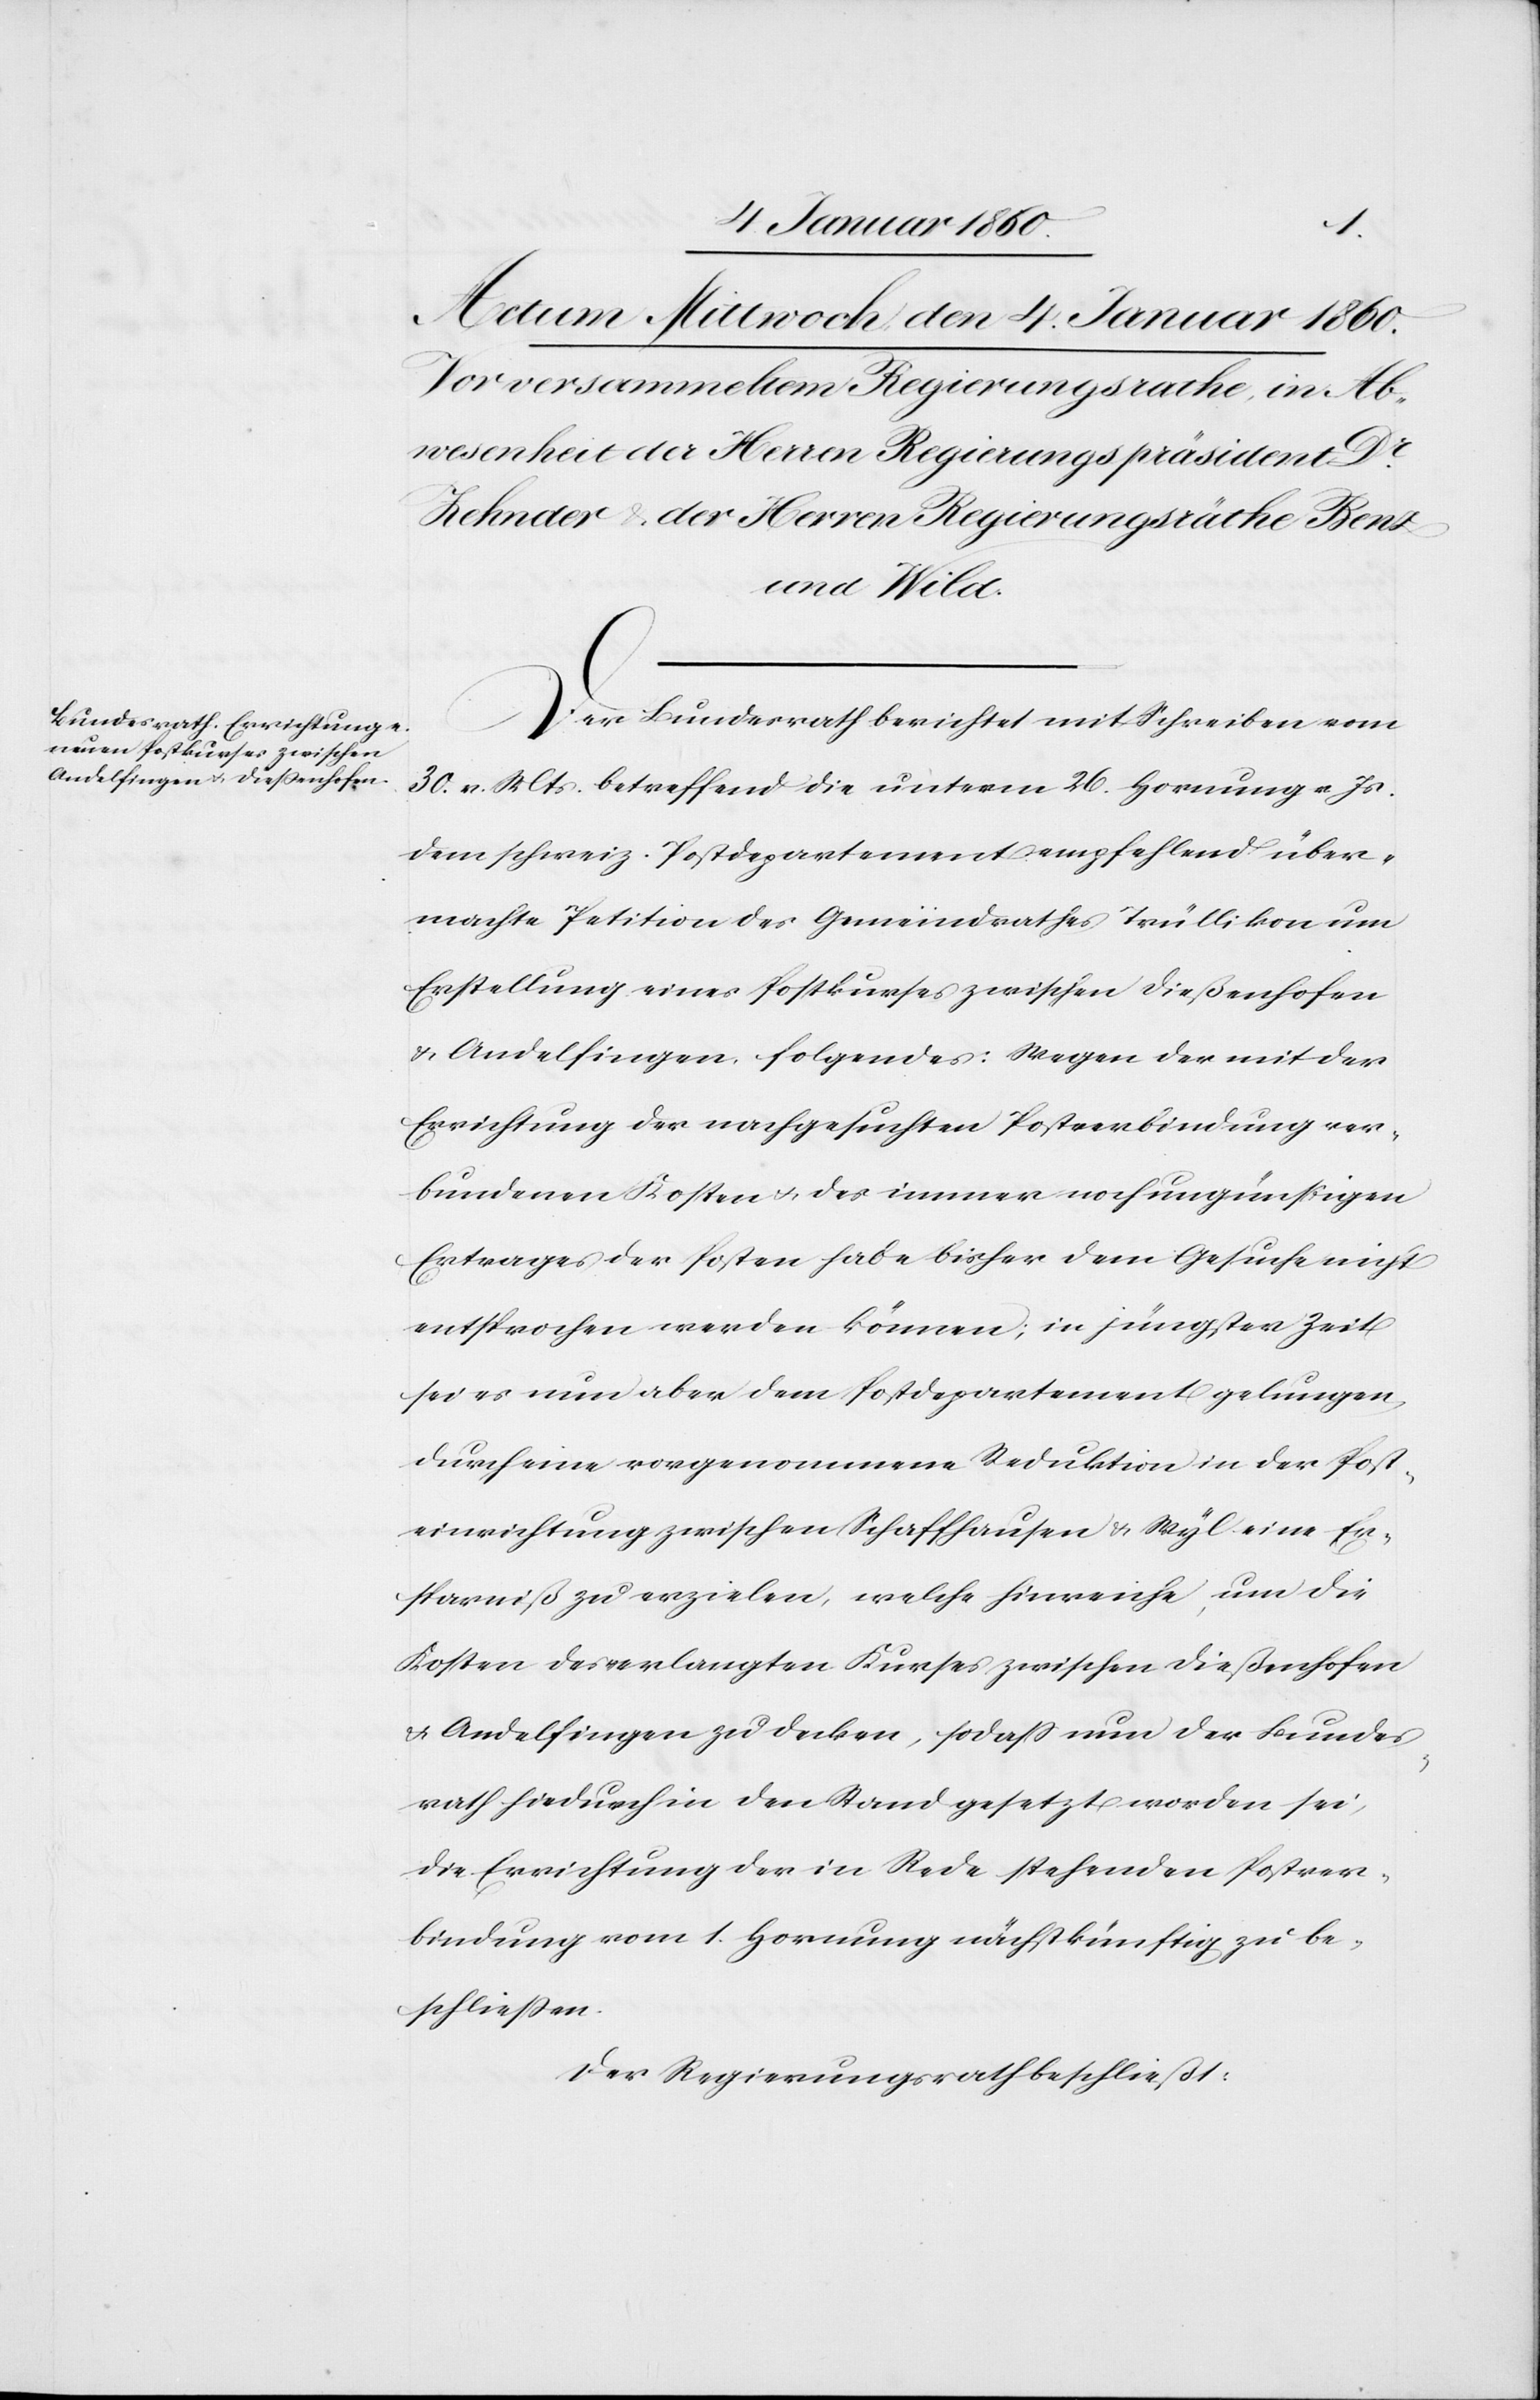
Der Bundesrath berichtet mit Schreiben vom
30. v. Mts. betreffend die unterm 26. Hornung v. Js.
dem schweiz. Postdepartement empfehlend über¬
machte Petition des Gemeindrathes Trüllikon um
Erstellung eines Postkurses zwischen Dießenhofen
u. Andelfingen folgendes: wegen der mit der
Errichtung der nachgesuchten Postverbindung ver¬
bundenen Kosten u. des immer noch ungünstigen
Ertrages der Posten habe bisher dem Gesuche nicht
entsprochen werden können; in jüngster Zeit
sei es nun aber dem Postdepartement gelungen,
durch eine vorgenommene Reduktion in der Post¬
einrichtung zwischen Schaffhausen u. Wyl eine Er¬
sparniß zu erzielen, welche hinreiche, um die
Kosten des verlangten Kurses zwischen Dießenhofen
u. Andelfingen zu decken, so daß nun der Bundes¬
rath hiedurch in den Stand gesetzt worden sei,
der Errichtung der in Rede stehenden Postver¬
bindung vom 1. Hornung nächstkünftig zu be¬
schließen.
Der Regierungsrath beschließt: